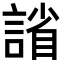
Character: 𫍂